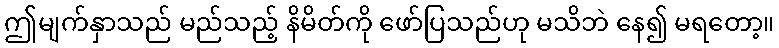
ဤမျက်နှာသည် မည်သည့် နိမိတ်ကို ဖော်ပြသည်ဟု မသိဘဲ နေ၍ မရတော့။